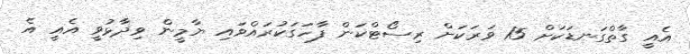
އެއީ ގާތްގަނޑަކަށް 15 ވަރަކަށް ރިސޯޓްކަން ފާހަގަކުރައްވައި ޔާމީން ވިދާޅުވީ އެއީ އެ